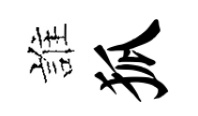
誰狐